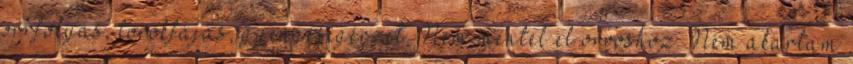
orrfolyás, torokfájás, gyengeségérzet. Nem mentel el orvoshoz. Nem akartam